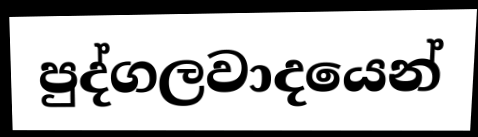
පුද්ගලවාදයෙන්